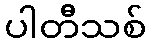
ပါတီသစ်